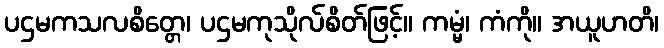
ပဌမကသလစိတ္တေ၊ ပဌမကုသိုလ်စိတ်ဖြင့်။ ကမ္မံ၊ ကံကို။ အယူဟတိ၊